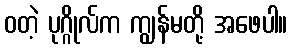
ဝတဲ့ ပုဂ္ဂိုလ်က ကျွန်မတို့ အဖေပါ။